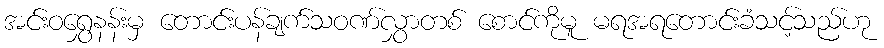
အင်းဝရွှေနန်းမှ တောင်းပန်ချက်သဝဏ်လွှာတစ် စောင်ကိုမူ မရအရတောင်းခံသင့်သည်ဟု